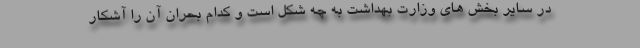
در سایر بخش های وزارت بهداشت به چه شکل است و کدام بحران آن را آشکار